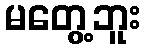
မတွေ့ဘူး